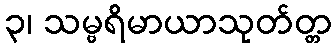
၃၊ သမ္ဗရိမာယာသုတ်တ္တ